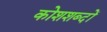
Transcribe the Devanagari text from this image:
कोशशब्दों